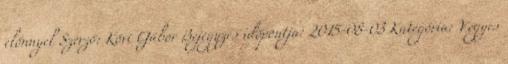
előnnyel Szerző: Kövi Gábor Bejegyzés időpontja: 2015-08-03 Kategória: Vegyes